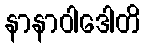
နာနာဝါဒေါတိ